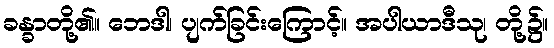
ခန္ခာတို့၏။ ဘေဒါ၊ ပျက်ခြင်းကြောင့်။ အပါယာဒီသု၊ တို့၌။